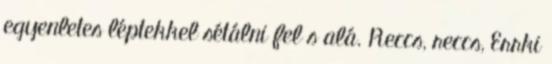
egyenletes léptekkel sétálni fel s alá. Reccs, reccs, Errki